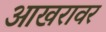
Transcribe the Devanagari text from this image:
आखरावर